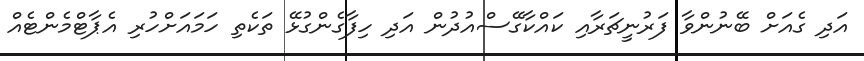
އަދި ގެއަށް ބޭނުންވާ ފަރުނީޗަރާއި ކައްކާގޭސްއުދުން އަދި ހިފާގެންގުޅޭ ތަކެތި ހަމައަށްހުރި އެޕާޓްމެންޓެއް